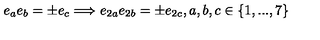
e _ { a } e _ { b } = \pm e _ { c } \Longrightarrow e _ { 2 a } e _ { 2 b } = \pm e _ { 2 c } , a , b , c \in \{ 1 , . . . , 7 \}